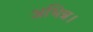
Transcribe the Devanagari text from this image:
अभिन्न।